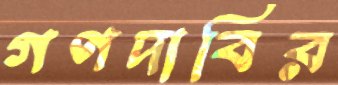
গণদাবির